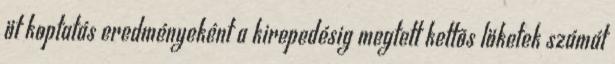
öt koptatás eredményeként a kirepedésig megtett kettõs löketek számát